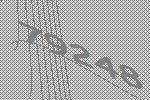
79248